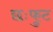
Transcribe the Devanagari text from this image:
छःफुट